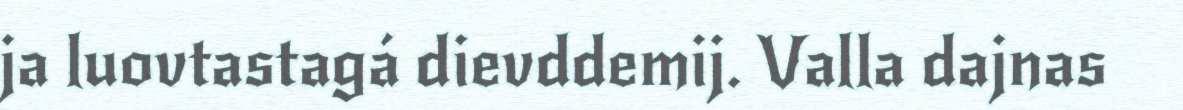
ja luovtastagá dievddemij. Valla dajnas